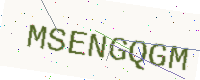
Text: MSENGQGM